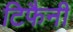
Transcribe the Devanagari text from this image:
टिफैनी